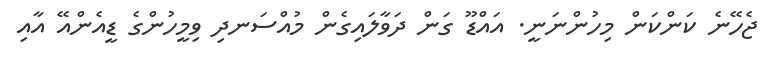
ޖެހޭނެ ކަންކަން މިހުންނަނީ. އައްޑޫ ގަން ދަވާލައިގެން މުއްސަނދި ވިމީހުންގެ ޑީއެންއޭ އާއި